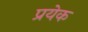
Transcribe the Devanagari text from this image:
प्रयेक